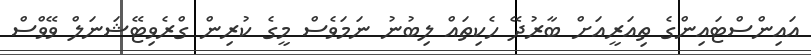
އައިންސްޓައިންގެ ތިއަރީއަށް ބާރުދޭ ހެކިތައް ލިބުނު ނަމަވެސް މީގެ ކުރިން ގްރެވިޓޭޝަނަލް ވޭވްސް